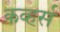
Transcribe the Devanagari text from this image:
कव्हर्स